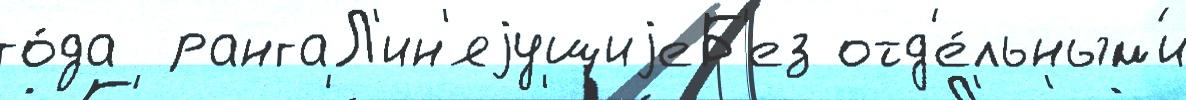
го́да  рангаЛ'ин'яjущиjеБ'ез отд'е́льным'и